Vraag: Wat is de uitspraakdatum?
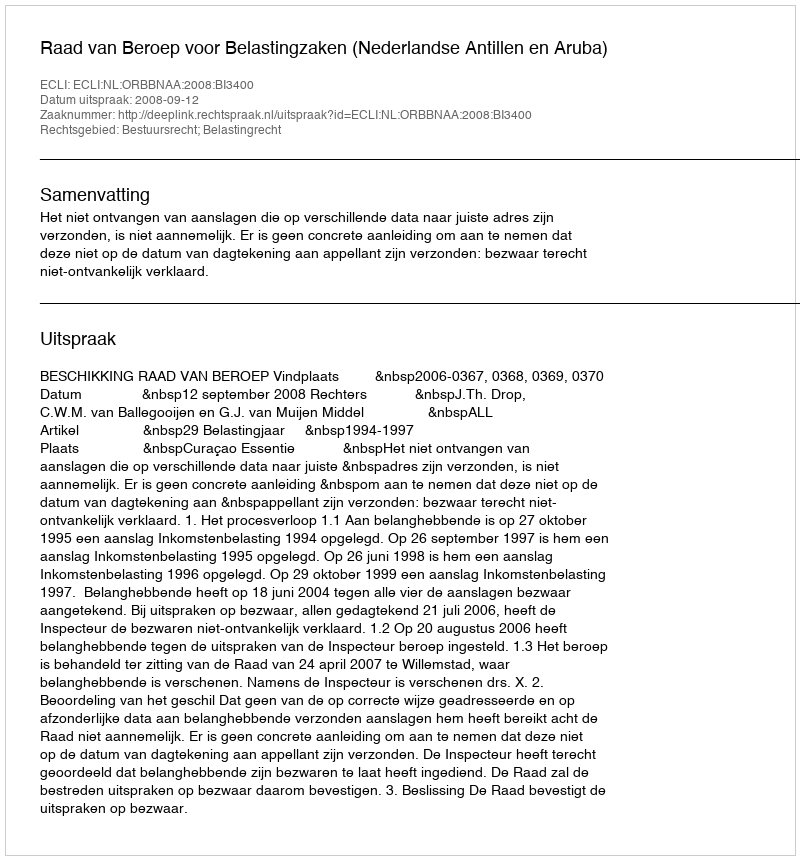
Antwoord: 2008-09-12